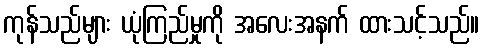
ကုန်သည်များ ယုံကြည်မှုကို အလေးအနက် ထားသင့်သည်။